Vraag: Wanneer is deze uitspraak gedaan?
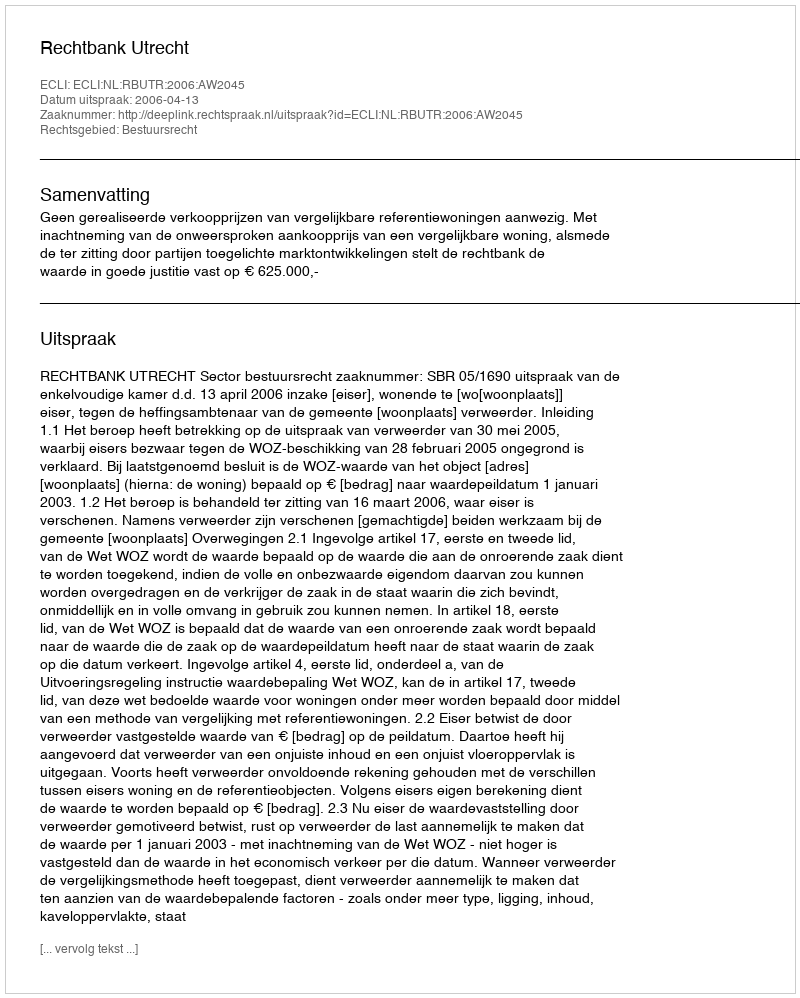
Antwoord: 2006-04-13